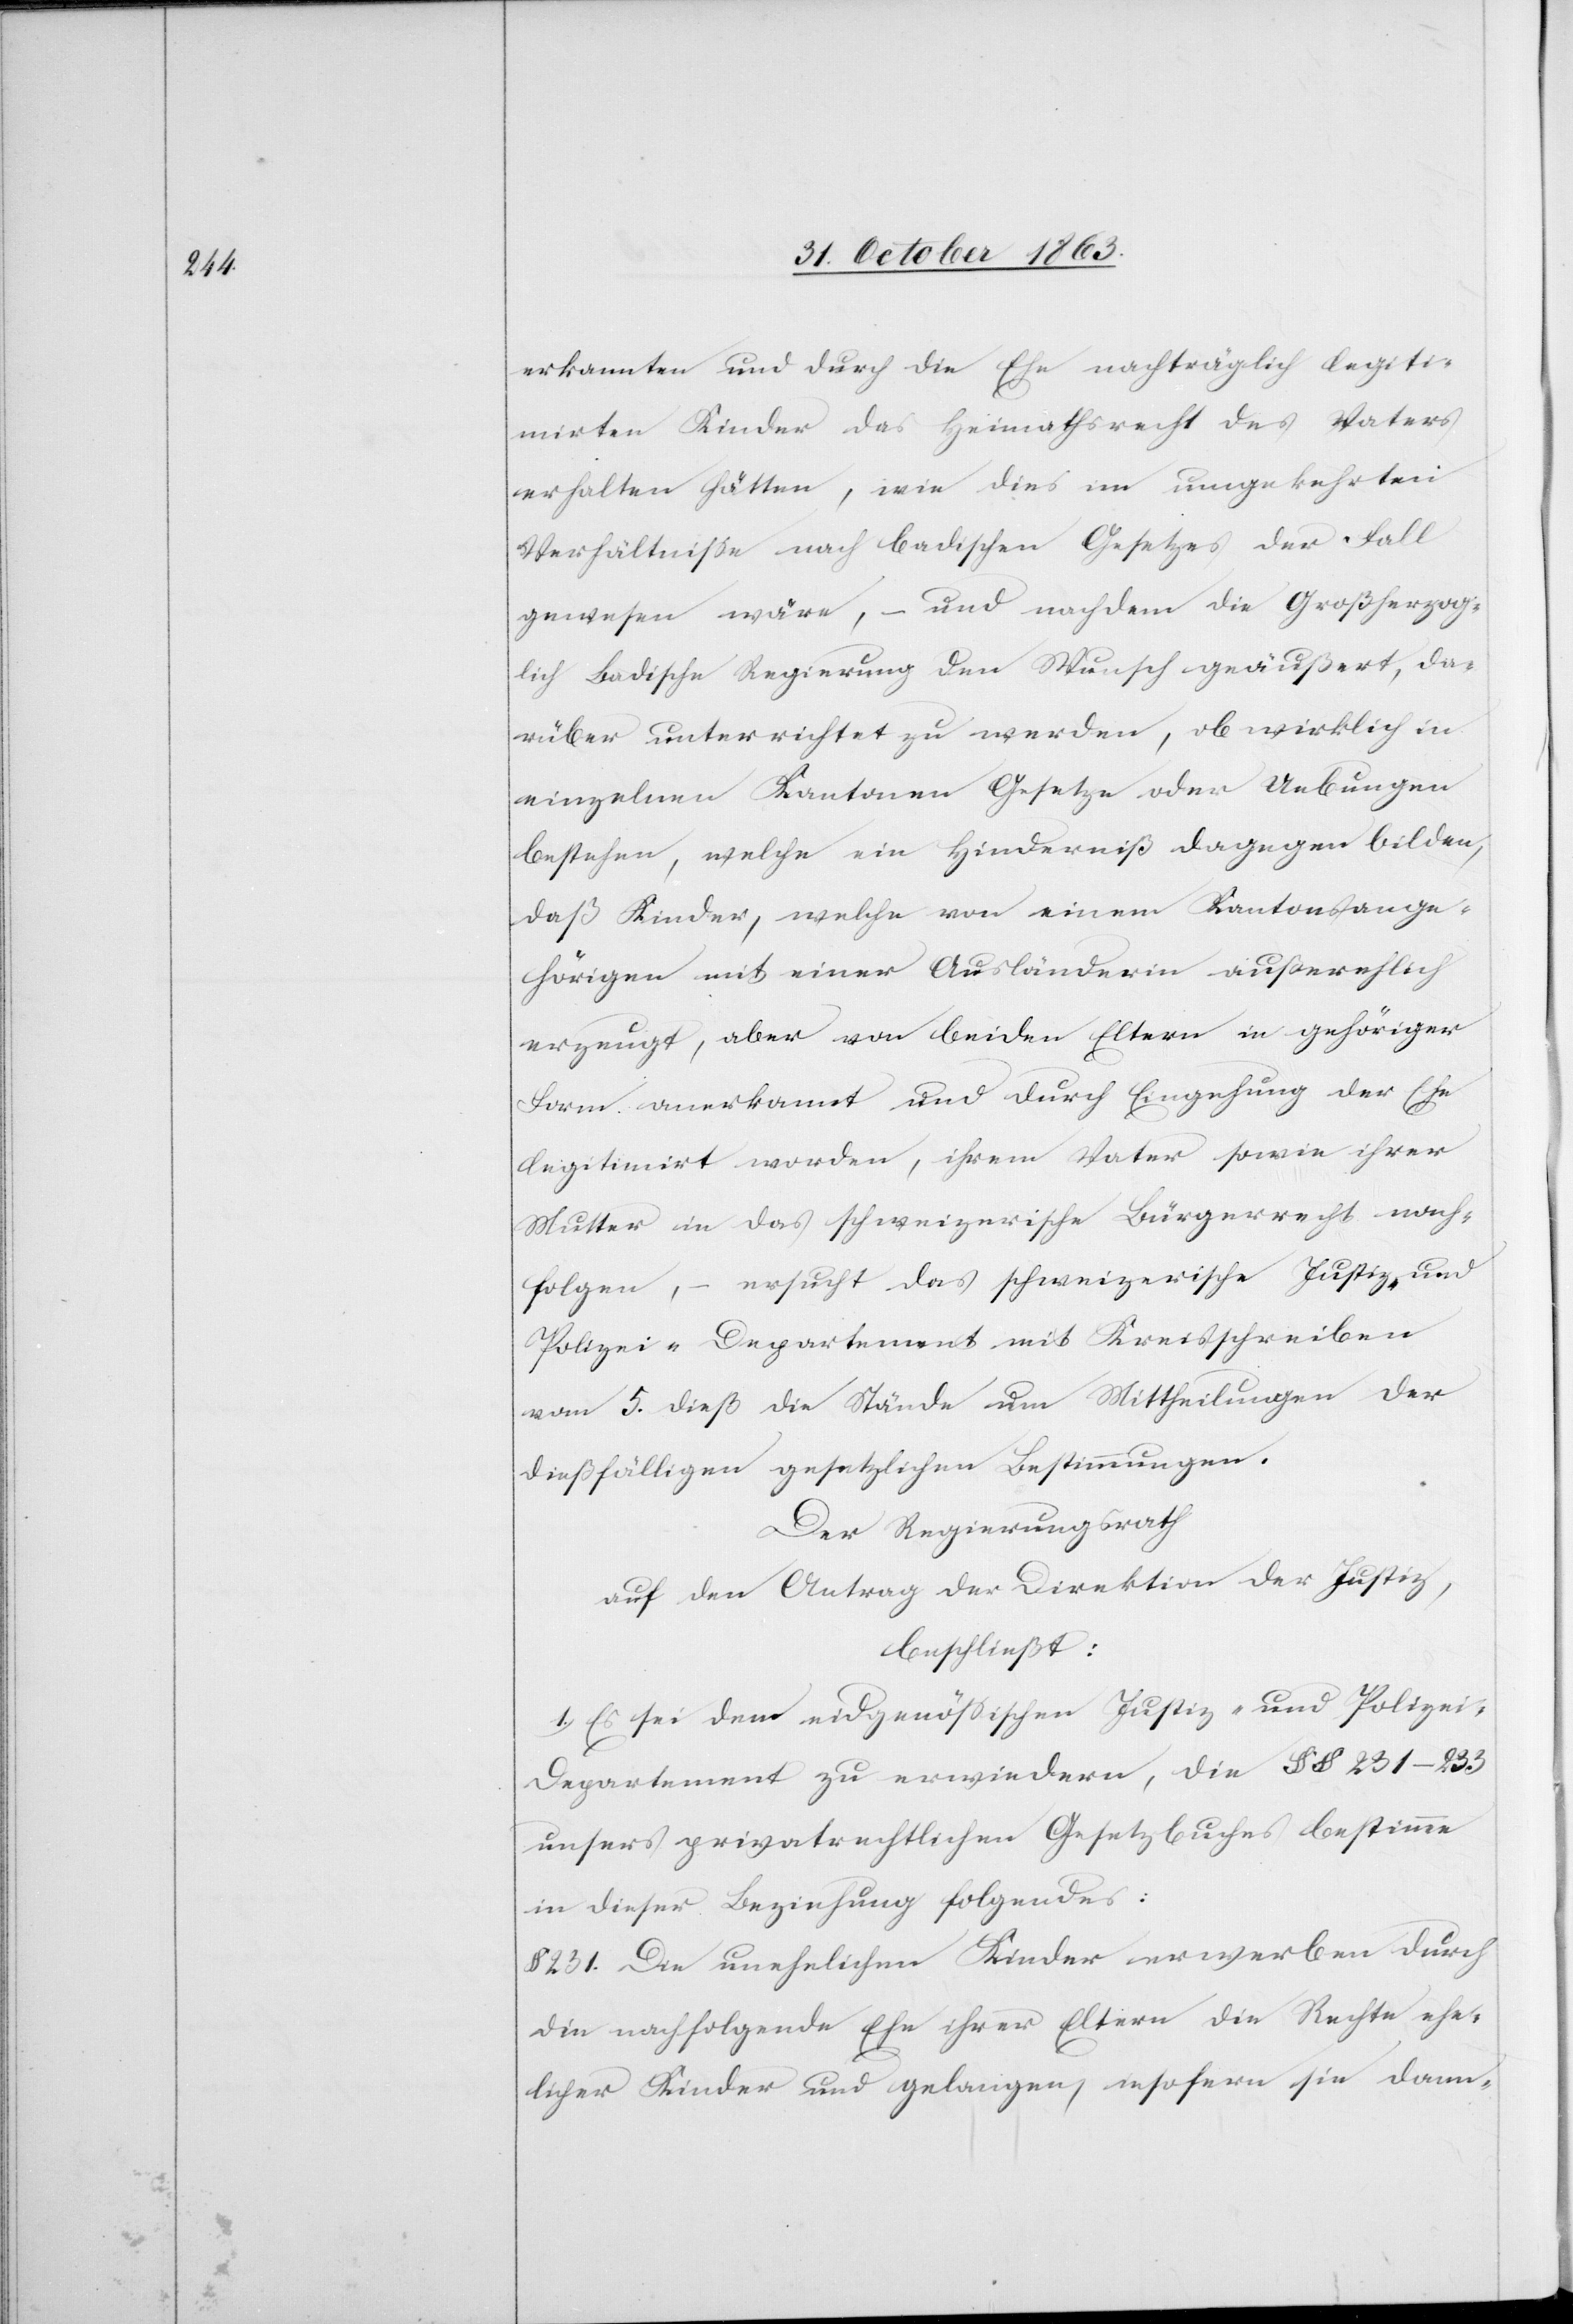
erkannten und durch die Ehe nachträglich legiti¬
mirten Kinder das Heimathsrecht des Vaters
erhalten hätten, wie dies im umgekehrten
Verhältnisse nach badischen Gesetzes der Fall
gewesen wäre, – und nachdem die Großherzog¬
lich Badische Regierung den Wunsch geäußert, da¬
rüber unterrichtet zu werden, ob wirklich in
einzelnen Kantonen Gesetze oder Uebungen
bestehen, welche ein Hinderniß dagegen bilden,
daß Kinder, welche von einem Kantonsange¬
hörigen mit einer Ausländerin außerehlich
erzeugt, aber von beiden Eltern in gehöriger
Form anerkannt und durch Eingehung der Ehe
legitimirt worden, ihrem Vater sowie ihrer
Mutter in das schweizerische Bürgerrecht nach¬
folgen, – ersucht das schweizerische Justiz- und
Polizei-Departement mit Kreisschreiben
vom 5. dieß die Stände um Mittheilungen der
dießfälligen gesetzlichen Bestimmungen.
Der Regierungsrath
auf den Antrag der Direktion der Justiz,
beschließt:
1. Es sei dem eidgenössischen Justiz- und Polize¬
i-Departement zu erwiedern, die §§ 231–233
unsers privatrechtlichen Gesetzbuches bestimme
in dieser Beziehung folgendes:
§ 231. Die unehelichen Kinder erwerben durch
die nachfolgende Ehe ihrer Eltern die Rechte ehe¬
licher Kinder und gelangen, insofern sie dann-